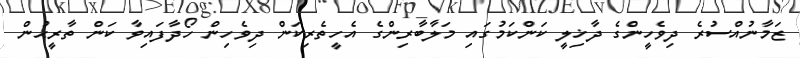
ޒަމާނުއްސުރެ ދިވެހީންގެ ދާޚިލީ ކަންކަމުގައި މަލާބާރިންގެ އެހީތެރިކަން ދިވެހިން ހޯދާފައިވާ ކަން ތާރީޙުން